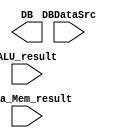
`timescale 1ns / 1ps
//////////////////////////////////////////////////////////////////////////////////
// Company: 
// Engineer: 
// 
// Design Name: 
// Module Name: Mux_Data
// Project Name: 
// Target Devices: 
// Tool Versions: 
// Description: 
// 
// Dependencies: 
// 
// Revision:
// Revision 0.01 - File Created
// Additional Comments:
// 
//////////////////////////////////////////////////////////////////////////////////


module Mux_Data(
    input DBDataSrc,
    input [31:0] ALU_result,
    input Data_Mem_result,
    output [31:0] DB
    );
endmodule